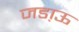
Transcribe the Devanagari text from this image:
जडा़ऊ